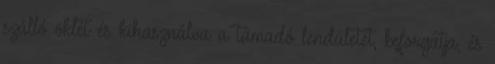
szálló öklét és kihasználva a támadó lendületét, beforgatja, és